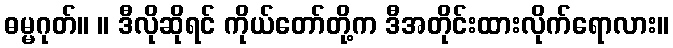
ဓမ္မဂုတ်။ ။ ဒီလိုဆိုရင် ကိုယ်တော်တို့က ဒီအတိုင်းထားလိုက်ရောလား။